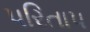
પરિતાપ